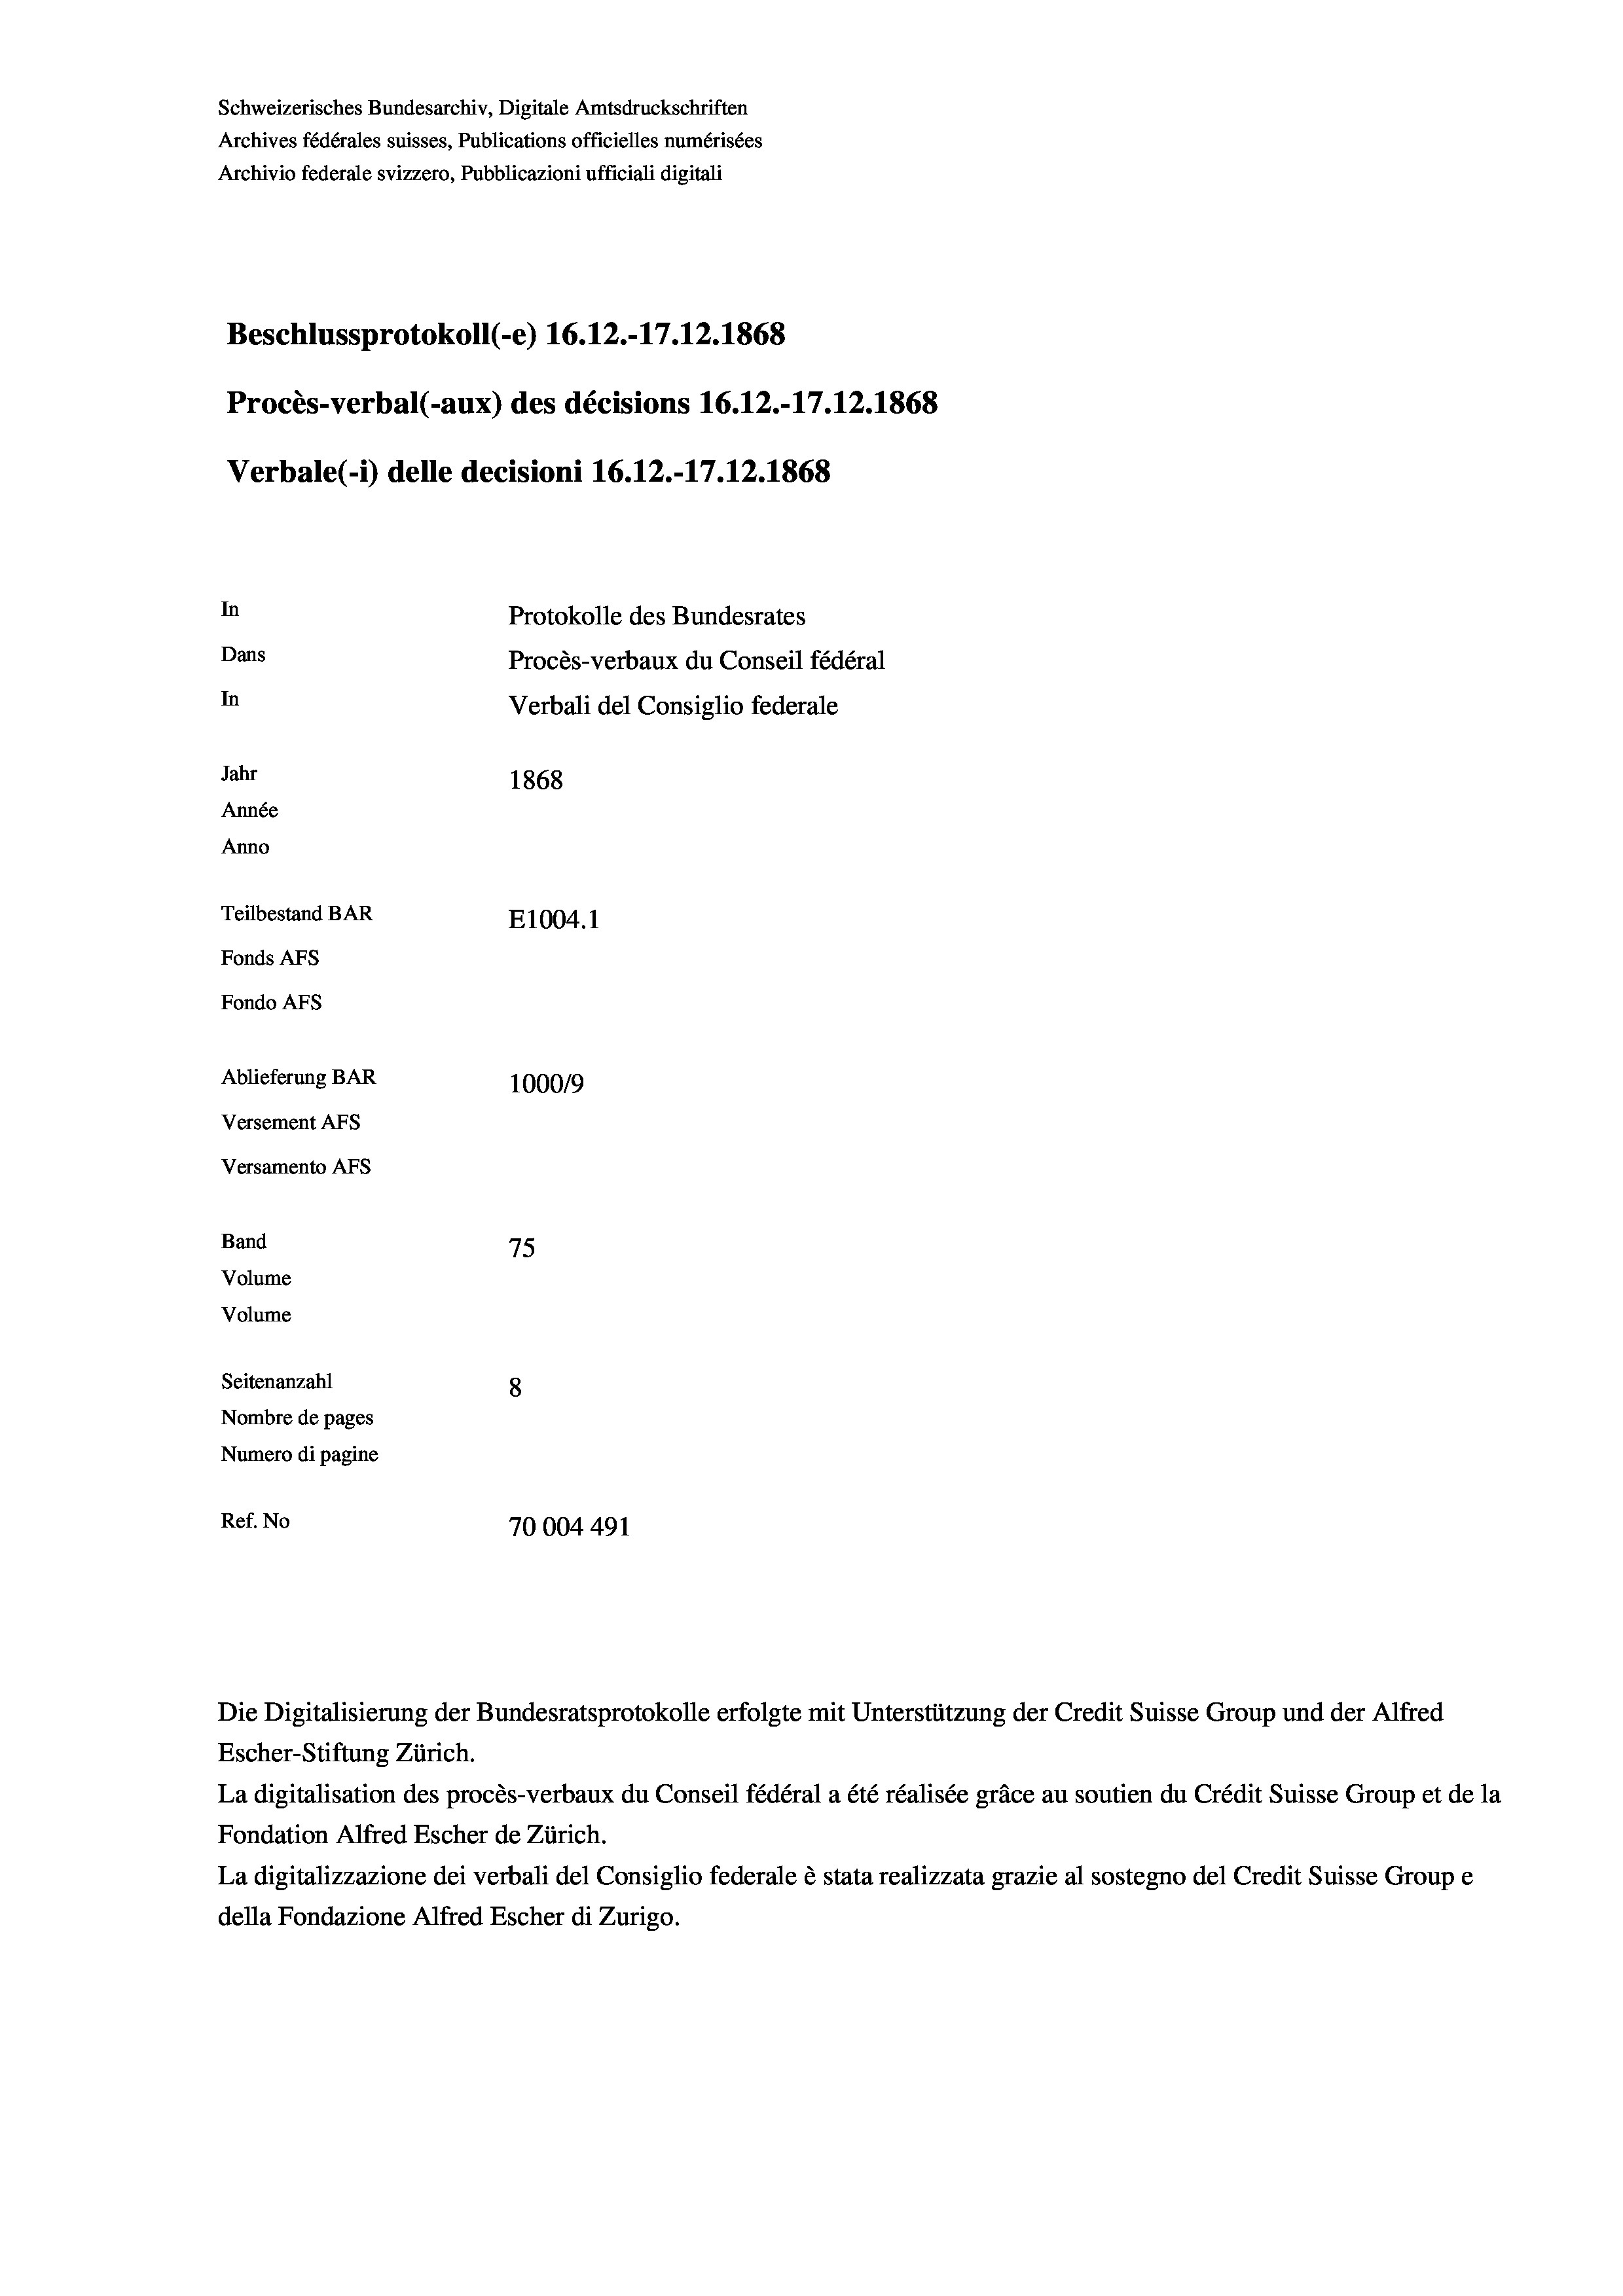
Schweizerisches Bundesarchiv, Digitale Amtsdruckschriften
Archives fédérales suisses, Publications officielles numérisées
Archivio federale svizzero, Pubblicazioni ufficiali digitali
Beschlussprotokoll (-e) 16.12.-17.12.1868
Procès-verbal (-aux) des décisions 16.12.-17.12.1868
Verbale(-*) delle decisioni 16.12.-17.12.1868
In
Protokolle des Bundesrates
Dans
Procès-verbaux du Conseil fédéral
In
Verbali del Consiglio federale
Jahr
1868
Année
Anno
Teilbestand BAR
E1004. 1
Fonds AFs
Fondo AFs
Ablieferung BAR
100019
Versement AFs
Versamento AFs
Band
75
Volume
Volume

Seitenanzahl
8
Nombre de pages
Numero di pagine
Ref. No
70004491

Escher-Stiftung Zürich.
La digitalisation des procès-verbaux du Conseil fédéral a été réalisée gräce au soutien du Crédit Suisse Group et de la
Fondation Alfred Escher de Zürich.
La digitalizzazione dei verbali del Consiglio federale è stata realizzata grazie al sostegno del Credit Suisse Groupe
della Fondazione Alfred Escher di Zurigo.

Die Digitalisierung der Bundesratsprotokolle erfolgte mit Unterstützung der Credit Suisse Group und der Alfred